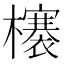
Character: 𣟋